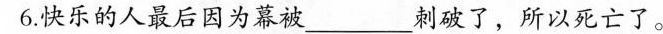
6.快乐的人最后因为幕被___刺破了，所以死亡了。